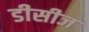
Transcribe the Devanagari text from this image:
डीसीज